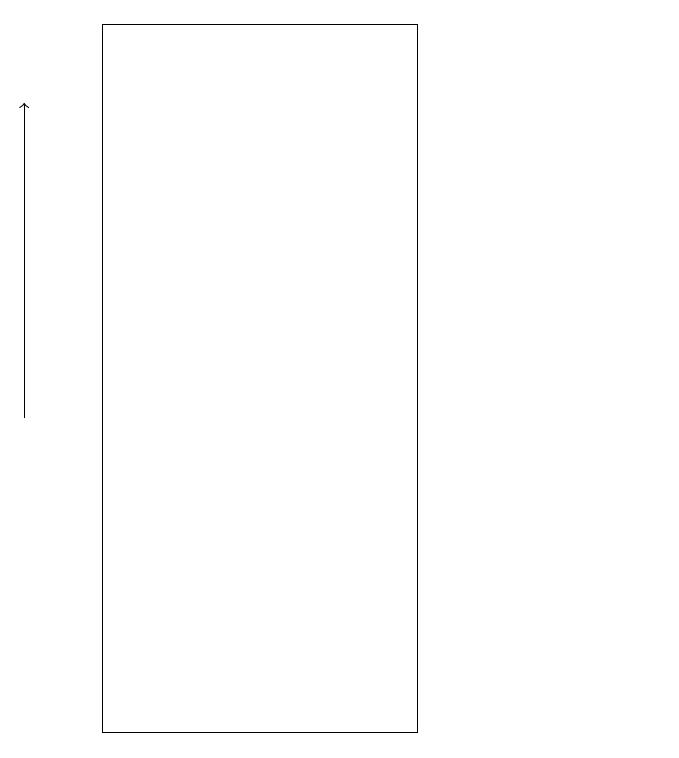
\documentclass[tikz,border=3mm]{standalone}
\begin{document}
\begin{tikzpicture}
\draw[->] (2,14) -- (2,18);
\draw (3,10) rectangle (7,19);
\draw (10,10) circle (0);
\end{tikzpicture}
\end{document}